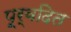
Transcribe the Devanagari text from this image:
पूर्वदित